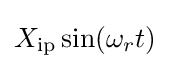
X_{\text{ip}}\sin(\omega _{r}t)